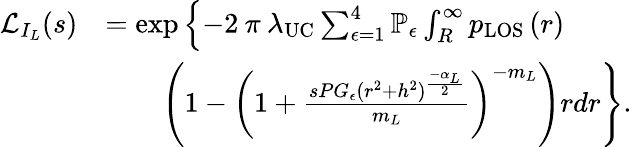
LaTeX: \begin{array}{rl}{\mathcal{L}_{I_{L}}(s)}&{=\exp\left\{ -2\: \pi\: \lambda_{\mathrm{UC}}\sum_{\epsilon=1}^{4}\mathbb{P}_{\epsilon}\int_{R}^{\infty}p_{\mathrm{{LOS}}}\left(r\right)\right.}\\ &{\qquad\left.\left(1-\left(1+\frac{sPG_{\epsilon}(r^{2}+h^{2})^{\frac{-\alpha_{L}}{2}}}{m_{L}}\right)^{-m_{L}}\right)rdr\right\} .}\end{array}